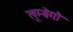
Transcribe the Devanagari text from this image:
लूम्बेगो